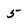
Character: 5